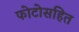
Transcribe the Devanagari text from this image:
फोटोसहित